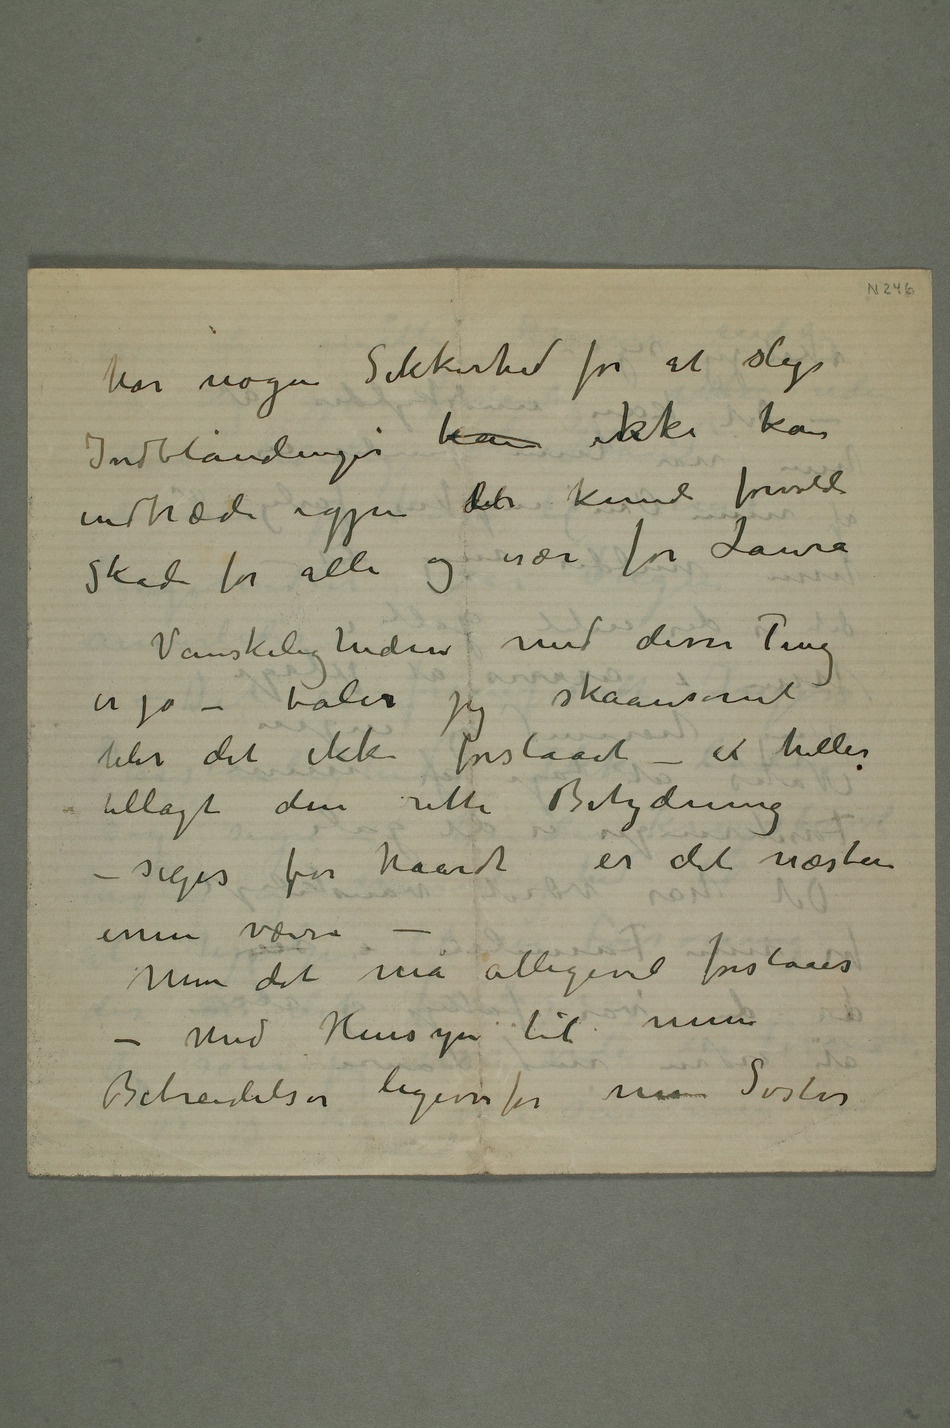
har nogen Sikkerhed for at slige
Indblandinger kan
indtræde igjen det kunde forvolde
skade for alle og især for Laura
Vanskelighedene med disse Ting
er jo – taler jeg skaansomt
blir det ikke forstaaet – ei heller
tillagt den rette Betydning
– siges for haardt er det næsten
ennu værre –
Men det må alligevel forstaaes
– Med Hensyn til mine
Bebreidelser ligeoverfor min Søster